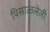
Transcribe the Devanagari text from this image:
पिसाळलेली